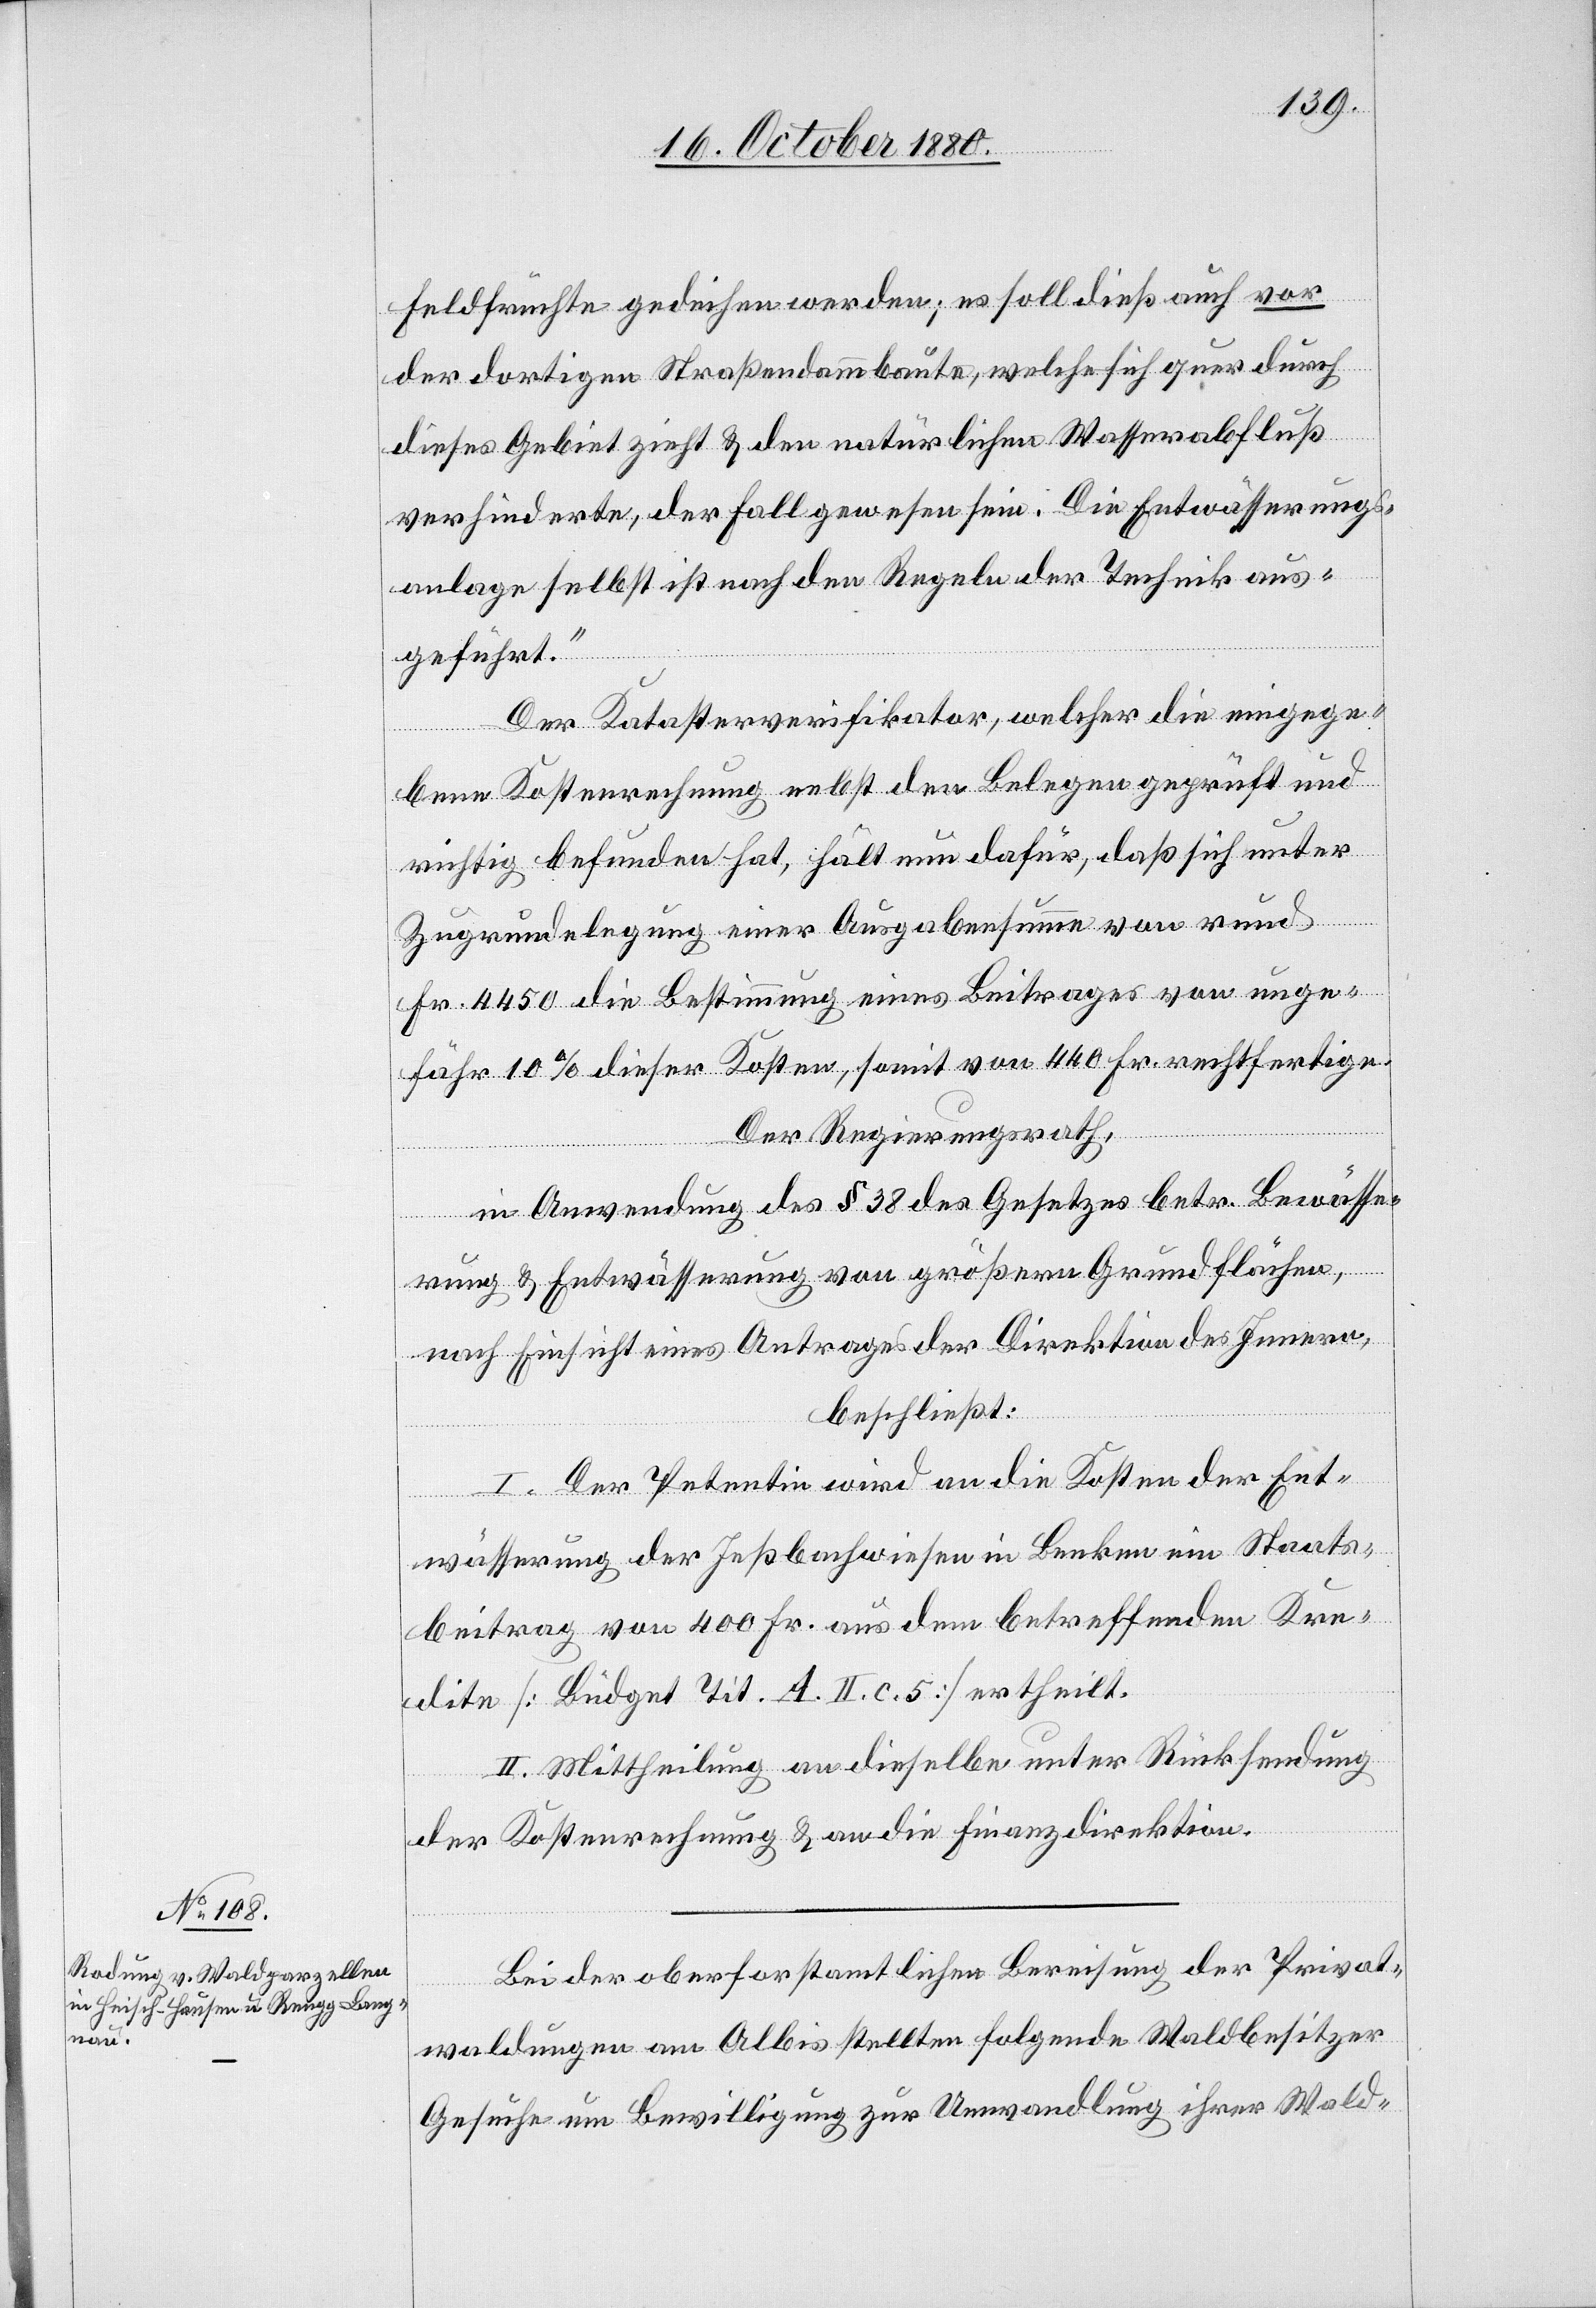
Feldfrüchte gedeihen werden; es soll dieß auch vor
der dortigen Straßendammbaute, welche sich quer durch
dieses Gebiet zieht & den natürlichen Wasserabfluß
verhinderte, der Fall gewesen sein. Die Entwässerungs¬
anlage selbst ist nach den Regeln der Technik aus¬
geführt.
Der Katasterverifikator, welcher die eingege¬
benen Kostenrechnung nebst den Belegen geprüft und
richtig befunden hat, hält nun dafür, daß sich unter
Zugrundelegung einer Ausgabensumme von rund
Fr. 4450 die Bestimmung eines Beitrages von unge¬
fähr 10% dieser Kosten, somit von 440 Fr. rechtfertige.
Der Regierungsrath,
in Anwendung des § 38 des Gesetzes betr. Bewässe¬
rung & Entwässerung von größern Grundflächen,
nach Einsicht eines Antrages der Direktion des Innern,
beschließt:
I. Der Petentin wird an die Kosten der Ent¬
wässerung der Inßbachwiesen in Benken ein Staats¬
beitrag von 400 Fr. aus dem betreffenden Kre¬
dite [Büdget Tit. A. II. c. 5] ertheilt.
II. Mittheilung an dieselbe unter Rücksendung
der Kostenrechnung & an die Finanzdirektion.
Bei der oberforstamtlichen Bereisung der Privat¬
waldungen am Albis stellten folgende Waldbesitzer
Gesuche um Bewilligung zur Umwandlung ihrer Wald-